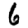
Digit: 6